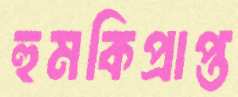
হুমকিপ্রাপ্ত